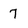
Character: 7